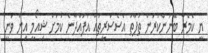
ޔީ ކެމެރާ ބޭނުންކުރަން ތަފާތު އެސެސަރީތައް އުފައްދާނެ ކަމަށް ޝިއޯމީ އިން ވަނީ